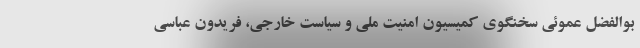
بوالفضل عموئی سخنگوی کمیسیون امنیت ملی و سیاست خارجی، فریدون عباسی